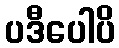
ပဒီပေါပိ